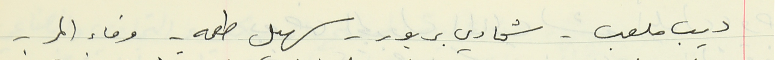
ديب ملعب - شحادي بربور - سهيل طعمه - وفاء المر -